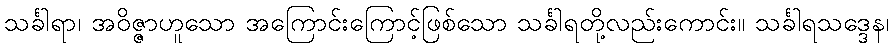
သင်္ခါရာ၊ အဝိဇ္ဇာဟူသော အကြောင်းကြောင့်ဖြစ်သော သင်္ခါရတို့လည်းကောင်း။ သင်္ခါရသဒ္ဒေန၊